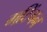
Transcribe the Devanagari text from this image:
गटिंगन